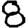
Digit: 8